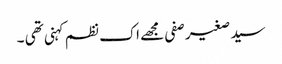
سید صغیر صفی مجھے اک نظم کہنی تھی ۔